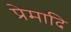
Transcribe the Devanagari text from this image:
प्रेमादि